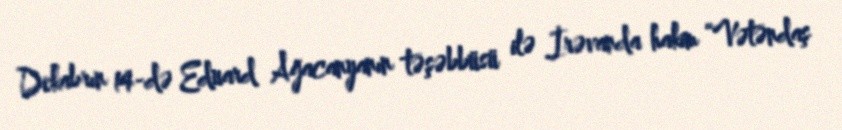
Dekabrın 14-də Eduard Ağacanyanın təşəbbüsü ilə İrəvanda hakim “Vətəndaş